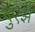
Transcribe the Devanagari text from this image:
दुएझे